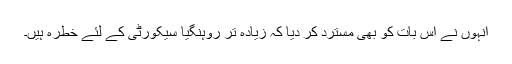
انہوں نے اس بات کو بھی مسترد کر دیا کہ زیادہ تر روہنگیا سیکورٹی کے لئے خطرہ ہیں۔